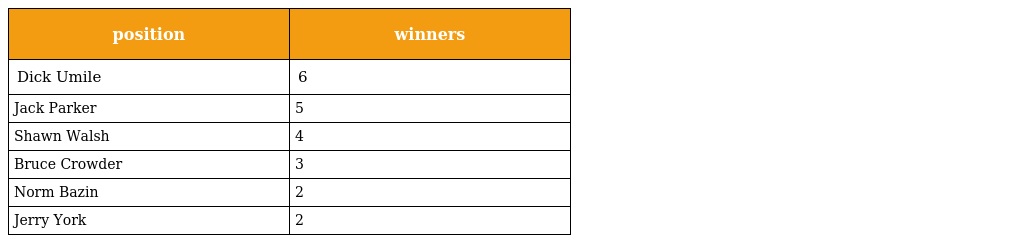
| position | winners |
 | --- | --- |
 | Dick Umile | 6 |
 | Jack Parker | 5 |
 | Shawn Walsh | 4 |
 | Bruce Crowder | 3 |
 | Norm Bazin | 2 |
 | Jerry York | 2 |